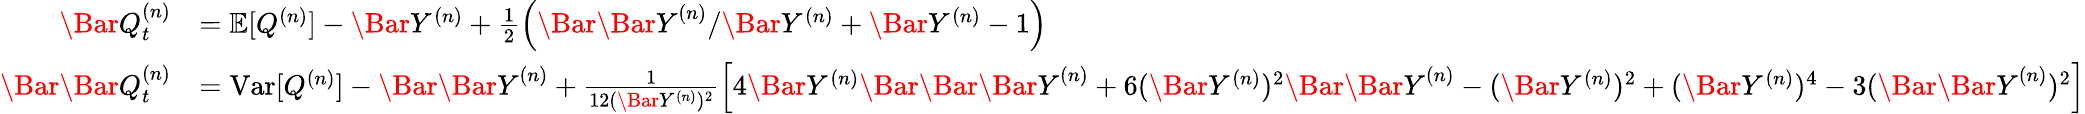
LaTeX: \begin{array}{rl}{\Bar{Q}_{t}^{(n)}}&{=\mathbb{E}[Q^{(n)}]-\Bar{Y}^{(n)}+\frac{1}{2}\left({\Bar{\Bar{Y}}^{(n)}}/{\Bar{Y}^{(n)}}+\Bar{Y}^{(n)}-1\right)}\\ {\Bar{\Bar{Q}}_{t}^{(n)}}&{=\mathrm{Var}[Q^{(n)}]-\Bar{\Bar{Y}}^{(n)}+\frac{1}{12(\Bar{Y}^{(n)})^{2}}\left[4\Bar{Y}^{(n)}\Bar{\Bar{\Bar{Y}}}^{(n)}+6(\Bar{Y}^{(n)})^{2}\Bar{\Bar{Y}}^{(n)}-(\Bar{Y}^{(n)})^{2}+(\Bar{Y}^{(n)})^{4}-3(\Bar{\Bar{Y}}^{(n)})^{2}\right]}\end{array}